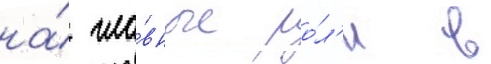
на́ гла́вные ро́л'и в